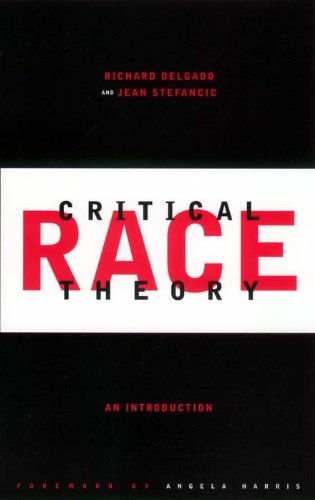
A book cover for Critical Race Theory: An Introduction (Critical America); Richard Delgado; Law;